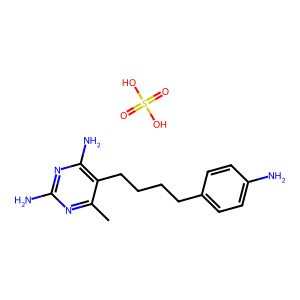
SMILES: Cc1nc(N)nc(N)c1CCCCc1ccc(N)cc1.O=S(=O)(O)O
Inhibits HIV replication: No